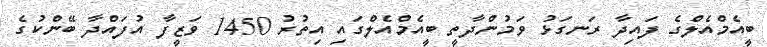
ބީއެމްއެލްގެ ފައިދާ ރަނގަޅު ވަމުންދާތީ ބީއެމްއެލްގައި އިތުރު 1450 ވަޒީފާ އުފައްދާ ބޭންކުގެ